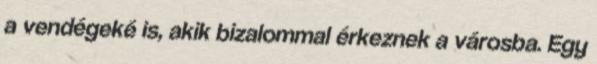
a vendégeké is, akik bizalommal érkeznek a városba. Egy